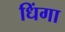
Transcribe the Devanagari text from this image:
धिंगा